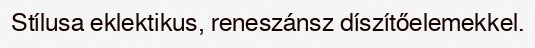
Stílusa eklektikus, reneszánsz díszítőelemekkel.